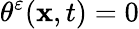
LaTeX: \theta^{\varepsilon}(\mathbf{x},t)=0